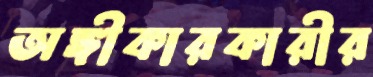
অঙ্গীকারকারীর